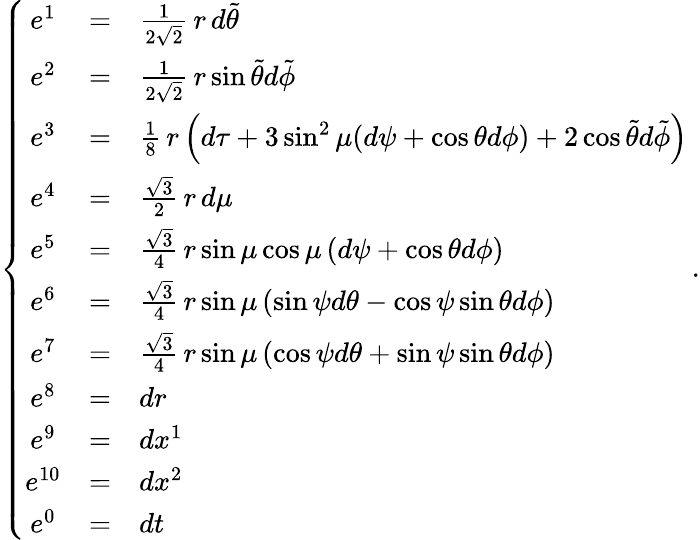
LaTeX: \left\{ \begin{array}{ccl}{{e^{1}}}&{{=}}&{{\frac{1}{2\sqrt 2}\, r\, d\tilde{\theta}}}\\ {{e^{2}}}&{{=}}&{{\frac{1}{2\sqrt 2}\, r\sin\tilde{\theta}d\tilde{\phi}}}\\ {{e^{3}}}&{{=}}&{{\frac{1}{8}\, r\left(d\tau+3\sin^{2}\mu(d\psi+\cos\theta d\phi)+2\cos\tilde{\theta}d\tilde{\phi}\right)}}\\ {{e^{4}}}&{{=}}&{{\frac{\sqrt 3}{2}\, r\, d\mu}}\\ {{e^{5}}}&{{=}}&{{\frac{\sqrt 3}{4}\, r\sin\mu\cos\mu\left(d\psi+\cos\theta d\phi\right)}}\\ {{e^{6}}}&{{=}}&{{\frac{\sqrt 3}{4}\, r\sin\mu\left(\sin\psi d\theta-\cos\psi\sin\theta d\phi\right)}}\\ {{e^{7}}}&{{=}}&{{\frac{\sqrt 3}{4}\, r\sin\mu\left(\cos\psi d\theta+\sin\psi\sin\theta d\phi\right)}}\\ {{e^{8}}}&{{=}}&{{dr}}\\ {{e^{9}}}&{{=}}&{{dx^{1}}}\\ {{e^{10}}}&{{=}}&{{dx^{2}}}\\ {{e^{0}}}&{{=}}&{{dt}}\end{array}\right.\, .